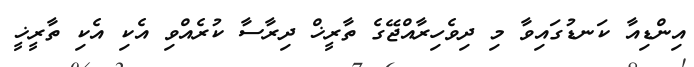
އިންޑިއާ ކަނޑުގައިވާ މި ދިވެހިރާއްޖޭގެ ތާރީޚް ދިރާސާ ކުރެއްވި އެކި އެކި ތާރީޚީ